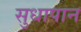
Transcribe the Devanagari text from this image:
सुधापान